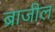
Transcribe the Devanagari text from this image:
ब्राजील